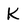
Character: K